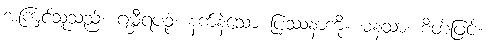
အကြင်သူသည်။ ဂမ္ဘီရပဉှံ၊ နက်နဲသော ပြဿနာကို။ မနသာ၊ စိတ်ဖြင့်။